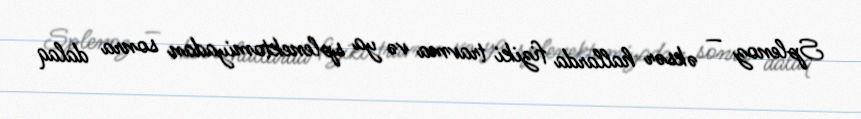
Splenoz — əksər hallarda fiziki travma və ya splenektomiyadan sonra dalaq